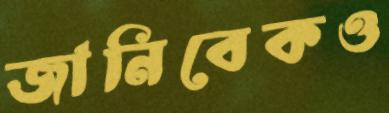
জানিবেকও